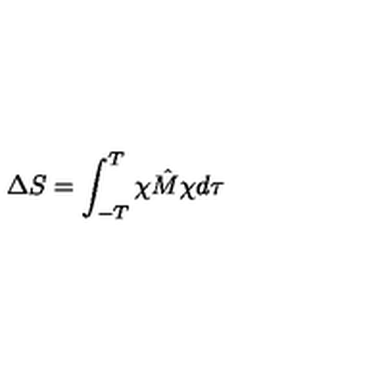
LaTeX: \Delta S = \int _ { - T } ^ { T } \chi \hat { M } \chi d \tau